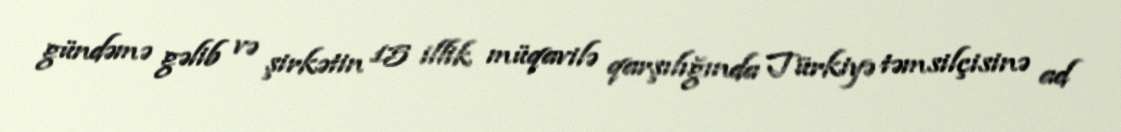
gündəmə gəlib və şirkətin 15 illik müqavilə qarşılığında Türkiyə təmsilçisinə ad